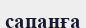
сапанға